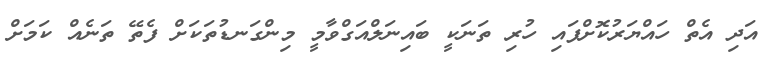
އަދި އެތް ހައްޔަރުކޮށްފައި ހުރި ތަނަކީ ބައިނަލްއަގްވާމީ މިންގަނޑުތަކަށް ފެތޭ ތަނެއް ކަމަށް